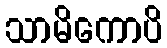
သာမိကောပိ